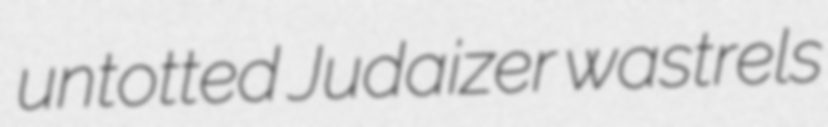
untotted Judaizer wastrels